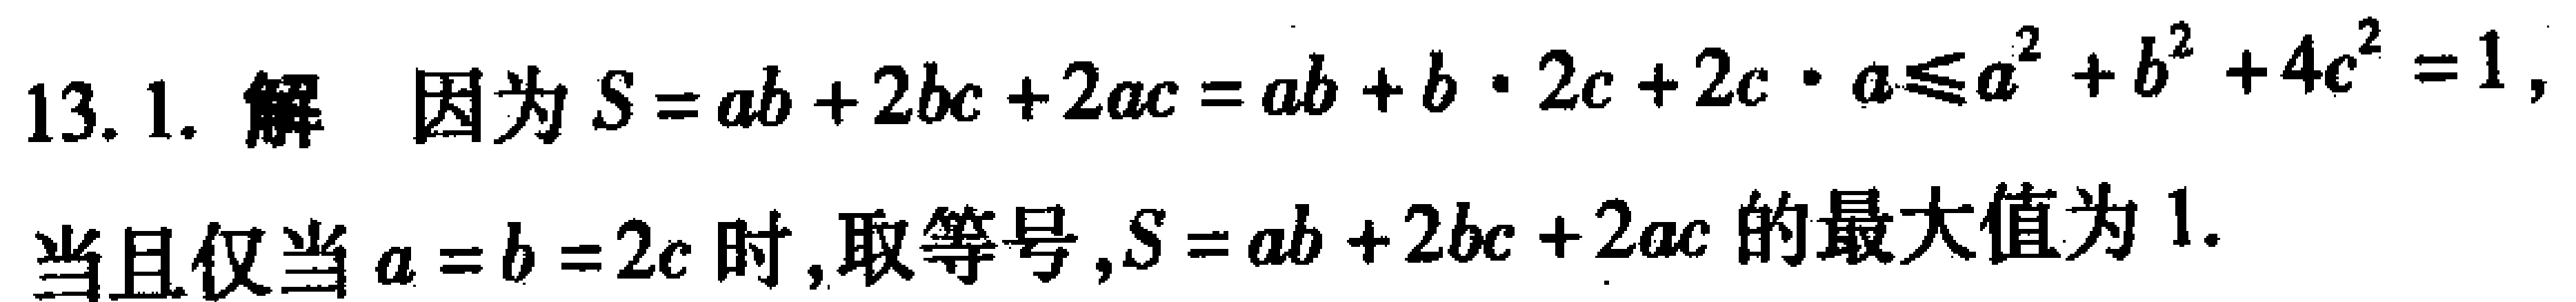
13. 1. 解 因为\(S = ab + 2bc + 2ac = ab + b\cdot2c + 2c\cdot a\leqslant a^{2}+b^{2}+4c^{2}=1\)，

当且仅当\(a = b = 2c\)时，取等号，\(S = ab + 2bc + 2ac\)的最大值为\(1\).